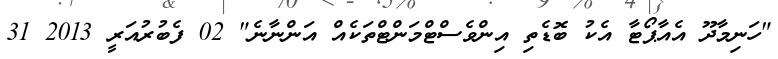
"ހަނިމާދޫ އެއާޕޯޓާ އެކު ބޮޑެތި އިންވެސްޓްމަންޓްތަކެއް އަންނާނެ" 02 ފެބުރުއަރީ 2013 31